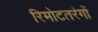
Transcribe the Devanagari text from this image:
रिमोटतरंगों